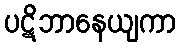
ပဋိဘာနေယျကာ